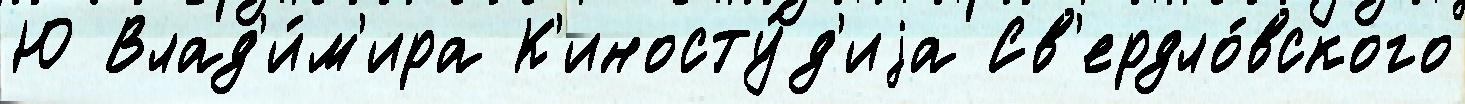
Ю Влад'и́м'ира К'иносту́д'иjа Св'ердло́вского